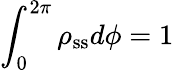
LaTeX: \int_{0}^{2\pi}\rho_{\mathrm{ss}}d\phi=1